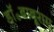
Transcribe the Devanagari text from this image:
डॉ॰बाबूराम